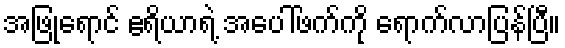
အဖြုရောင် ဧရိယာရဲ့ အပေါ်ဖက်ကို ရောက်လာပြန်ပြီ။